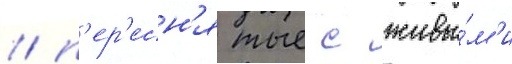
/ п'ер'есн'ятые с живы́м'и